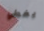
يغطي